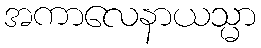
အကာလေနာယသ္မာ